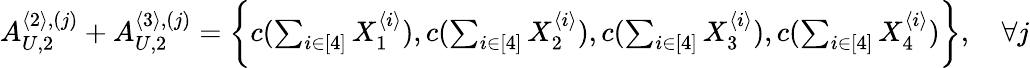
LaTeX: \begin{array}{r}{A_{U,2}^{\langle 2\rangle,(j)}+A_{U,2}^{\langle 3\rangle,(j)}=\biggl\{ c(\sum_{i\in[4]}X_{1}^{\langle i\rangle}),c(\sum_{i\in[4]}X_{2}^{\langle i\rangle}),c(\sum_{i\in[4]}X_{3}^{\langle i\rangle}),c(\sum_{i\in[4]}X_{4}^{\langle i\rangle})\biggr\} ,\quad\forall j}\end{array}